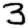
Digit: 3